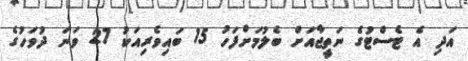
އަދި އެ ޓެސްޓުގެ ނަތީޖާއަށް ބެލުމަށްފަހު 15 ބައިވެރިއަކު 27 ވަނަ ދުވަހުގެ